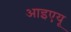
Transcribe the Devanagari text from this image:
आइएयू